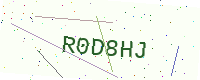
Text: R0D8HJ